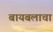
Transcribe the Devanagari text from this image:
बायबलाचा